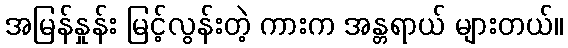
အမြန်နှုန်း မြင့်လွန်းတဲ့ ကားက အန္တရာယ် များတယ်။